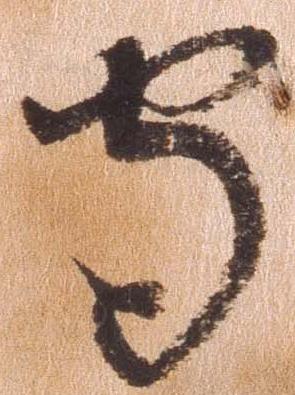
守